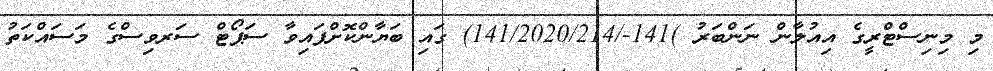
މި މިނިސްޓްރީގެ އިއުލާން ނަންބަރު )141-/141/2020/214) ގައި ބަޔާންކޮށްފައިވާ ސަޕޯޓް ސަރވިސްގެ މަސައްކަތު